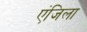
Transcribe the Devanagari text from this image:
एंजिला